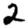
Digit: 2